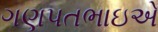
ગણપતભાઇએ